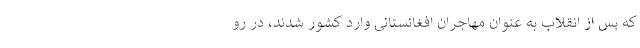
که پس از انقلاب به عنوان مهاجران افغانستانی وارد کشور شدند، در رو